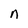
Character: n